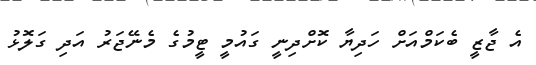
އެ ޖާޒީ ބެކަމްއަށް ހަދިޔާ ކޮށްދިނީ ގައުމީ ޓީމުގެ މެނޭޖަރު އަދި ގަލޮޅު